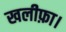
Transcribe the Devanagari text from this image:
खलीफ़ा।